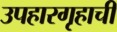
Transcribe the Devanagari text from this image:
उपहारगृहाची